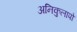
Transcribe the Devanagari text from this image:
अनिकुलापो